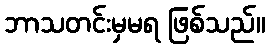
ဘာသတင်းမှမရ ဖြစ်သည်။